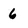
Character: 6